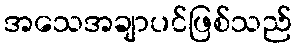
အသေအချာပင်ဖြစ်သည်